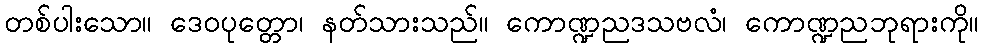
တစ်ပါးသော။ ဒေဝပုတ္တော၊ နတ်သားသည်။ ကောဏ္ဍညဒသဗလံ၊ ကောဏ္ဍညဘုရားကို။